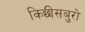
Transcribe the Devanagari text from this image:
किछीसबुरो